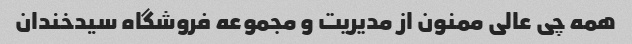
همه چی عالی ممنون از مدیریت و مجموعه فروشگاه سیدخندان